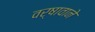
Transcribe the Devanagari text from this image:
वर्षावाने